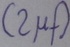
Text: (2µf)